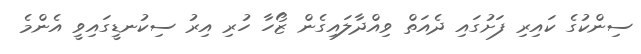
ސިންކުގެ ކައިރި ފަށުގައި ދެއަތް ވިއްދާލައިގެން ޒޯހާ ހުރި އިރު ސިކުނޑީގައިވީ އެންމެ